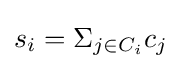
s_{i}=\Sigma _{j\in C_{i}}c_{j}